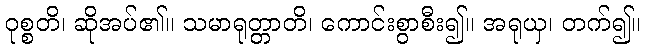
ဝုစ္စတိ၊ ဆိုအပ်၏။ သမာရုတ္တာတိ၊ ကောင်းစွာစီး၍။ အရုယှ၊ တက်၍။